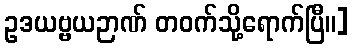
ဥဒယဗ္ဗယဉာဏ် တဝက်သို့ရောက်ပြီ။]